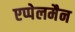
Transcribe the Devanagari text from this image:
एप्पेलमैन